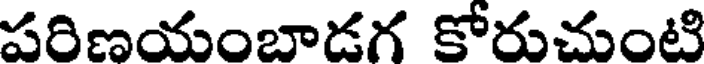
పరిణయంబాడగ కోరుచుంటి